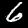
Digit: 6